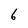
Character: 6